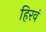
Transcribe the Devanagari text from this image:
हिरवं